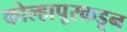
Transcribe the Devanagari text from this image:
कोल्हापूरकडून